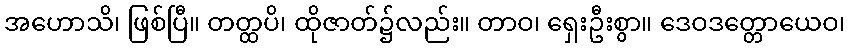
အဟောသိ၊ ဖြစ်ပြီ။ တတ္ထပိ၊ ထိုဇာတ်၌လည်း။ တာဝ၊ ရှေးဦးစွာ။ ဒေဝဒတ္တောယေဝ၊